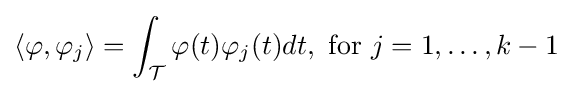
\langle \varphi ,\varphi _{j}\rangle =\int _{\mathcal {T}}\varphi (t)\varphi _{j}(t)dt,{\text{ for }}j=1,\dots ,k-1